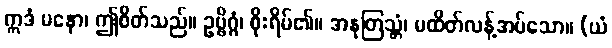
ဣဒံ မနော၊ ဤစိတ်သည်။ ဥဗ္ဗိဂ္ဂံ၊ စိုးရိမ်၏။ အနုတြသ္တံ၊ မထိတ်လန့်အပ်သော။ (ယံ